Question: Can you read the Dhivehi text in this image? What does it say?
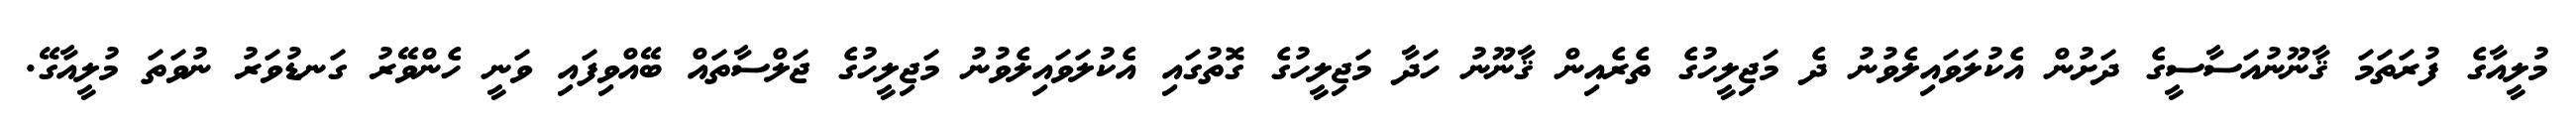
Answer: މުލީއާގެ ފުރަތަމަ ޤާނޫނުއަސާސީގެ ދަށުން އެކުލަވައިލެވުނު ދެ މަޖިލީހުގެ ތެރެއިން ޤާނޫނު ހަދާ މަޖިލީހުގެ ގޮތުގައި އެކުލަވައިލެވުނު މަޖިލީހުގެ ޖަލްސާތައް ބޭއްވިފައި ވަނީ ހެންވޭރު ގަނޑުވަރު ނުވަތަ މުލީއާގޭ.